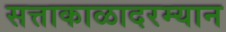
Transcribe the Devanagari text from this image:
सत्ताकाळादरम्यान